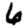
Digit: 6